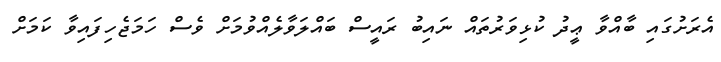
އެރަށުގައި ބާއްވާ ޢީދު ކުޅިވަރުތައް ނައިބު ރައީސް ބައްލަވާލެއްވުމަށް ވެސް ހަމަޖެހިފައިވާ ކަމަށް